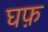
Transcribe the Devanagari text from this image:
घफ़